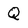
Character: Q